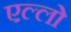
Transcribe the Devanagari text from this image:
एल्लो